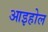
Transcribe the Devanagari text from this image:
आइहोल